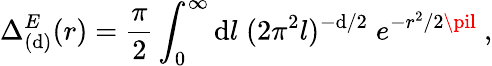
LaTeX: \Delta_{(\mathrm{d})}^{E}(r)={\frac{{\pi}}{{2}}}\int_{0}^{\infty}\mathrm{d}l\; (2\pi^{2}l)^{-\mathrm{d}/2}\; e^{-r^{2}/2\pil}\ ,